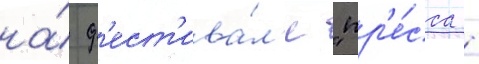
на́ ф'ест'ива́л'е "пр'е́сса -